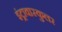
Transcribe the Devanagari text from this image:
इंट्रावास्कुलर